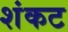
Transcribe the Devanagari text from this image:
शंकट